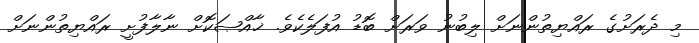
މި ދެރަށުގެ ރައްޔިތުންނަށް ލިބުނު ވަރަށް ބޮޑު އުފަލެކެވެ. ޚާއްޞަކޮށް ނާލާފުށީ ރައްޔިތުންނަށް